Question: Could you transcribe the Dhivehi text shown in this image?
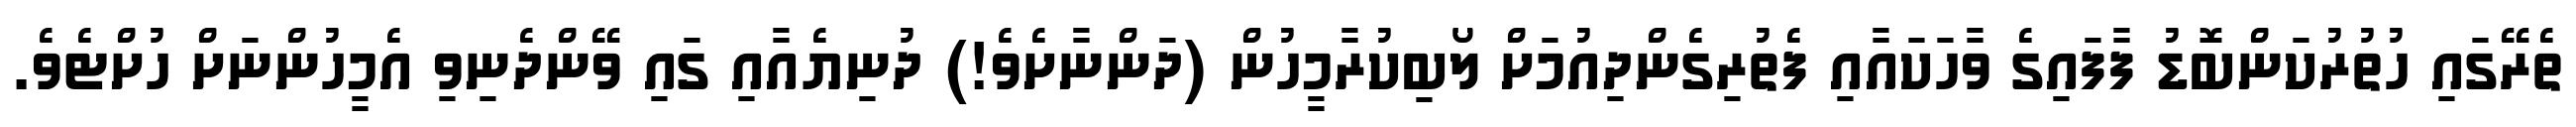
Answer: ތެރޭގައި ހުތުރުކަންބޮޑު ފާފައިގެ ވާހަކައާއި ފެތުރިގެންދިއުމަށް ލޯބިކުރާމީހުން (ދަންނާށެވެ!) ދުނިޔެއާއި ގައި ވޭންދެނިވި އެމީހުންނަށް ހުށްޓެވެ.